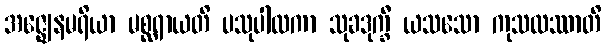
အဇ္ဈေနမရိယာ မစ္ဆရာယတိ ပသုပါလကာ သုခဒုက္ခီ ယသသော ကုသလဿာတိ